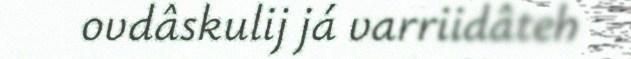
ovdâskulij já varriidâteh